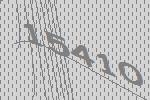
15410